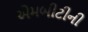
એમબીટીની